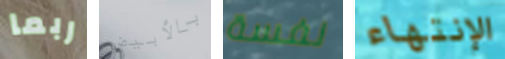
ربما بالأبيض نفسة الإنتهاء